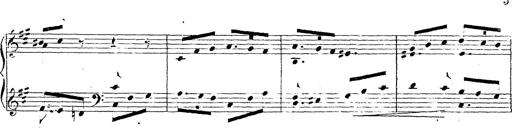
Title: Chanson bohÃ©mienne
Composer: Franz Liszt